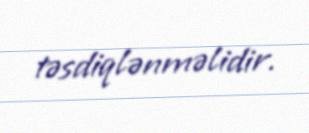
təsdiqlənməlidir.